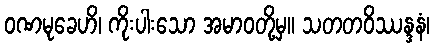
ဝဏမုခေဟိ၊ ကိုးပါးသော အမာဝတို့မှ။ သတတဝိဿန္ဒနံ၊